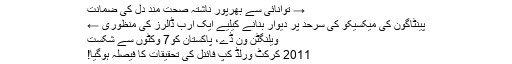
→ توانائی سے بھرپور ناشتہ صحت مند دل کی ضمانت
پینٹاگون کی میکسیکو کی سرحد پر دیوار بنانے کیلیے ایک ارب ڈالرز کی منظوری ←
ویلنگٹن ون ڈے، پاکستان کو7 وکٹوں سے شکست
2011 کرکٹ ورلڈ کپ فائنل کی تحقیقات کا فیصلہ ہوگیا!